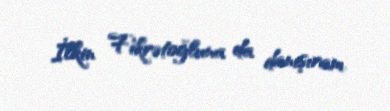
İlkin Fikrətoğluna da danışıram.